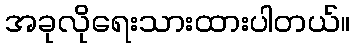
အခုလိုရေးသားထားပါတယ်။